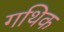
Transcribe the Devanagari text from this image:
गथिक